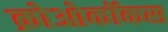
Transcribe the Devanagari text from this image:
क्रोओकॉकस